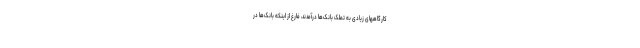
کارگاههای زیادی به تملک بانک‌ها درآمدند، فارغ از اینکه بانک‌ها در